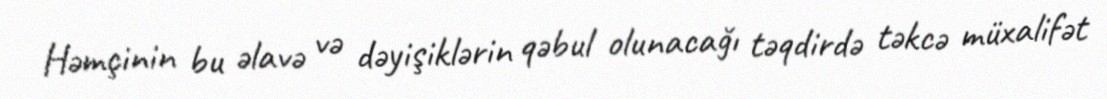
Həmçinin bu əlavə və dəyişiklərin qəbul olunacağı təqdirdə təkcə müxalifət